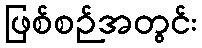
ဖြစ်စဉ်အတွင်း